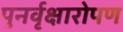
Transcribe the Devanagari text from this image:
पुनर्वृक्षारोपण